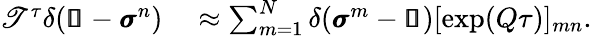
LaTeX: \begin{array}{rl}{\mathscr{T}^{\tau}\delta(\pmb{\mathscr{s}}-\pmb{\sigma}^{n})}&{{}\approx\sum_{m=1}^{N}\delta(\pmb{\sigma}^{m}-\pmb{\mathscr{s}})[\exp(Q\tau)]_{mn}.}\end{array}